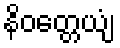
နိဝတ္တေယျံ